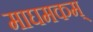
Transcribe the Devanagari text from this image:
माघमकम्